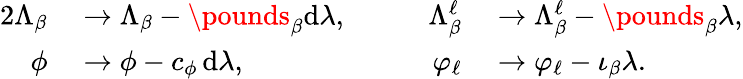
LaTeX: \begin{array}{rlrl}{{2}\Lambda_{\beta}}&{{}\to\Lambda_{\beta}-\pounds_{\beta}\mathrm{d}\lambda,\qquad}&{\Lambda_{\beta}^{\ell}}&{{}\to\Lambda_{\beta}^{\ell}-\pounds_{\beta}\lambda,}\\ {\phi}&{{}\to\phi-c_{\phi}\, \mathrm{d}\lambda,\qquad}&{\varphi_{\ell}}&{{}\to\varphi_{\ell}-\iota_{\beta}\lambda.}\end{array}